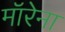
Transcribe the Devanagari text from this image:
मॉरेना